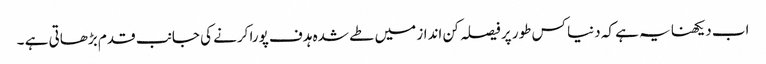
اب دیکھنا یہ ہے کہ دنیا کس طور پر فیصلہ کن انداز میں طے شدہ ہدف پورا کرنے کی جانب قدم بڑھاتی ہے ۔